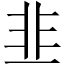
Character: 韭